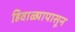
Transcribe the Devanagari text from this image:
हिवाळ्यापासून